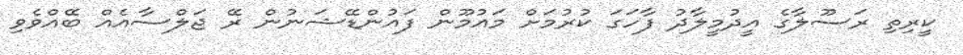
ކީރިތި ރަސޫލާގެ އީދުމީލާދު ފާހަގަ ކުރުމަށް މައުމޫން ފައުންޑޭޝަނުން ރޭ ޖަލްސާއެއް ބޭއްވެވި